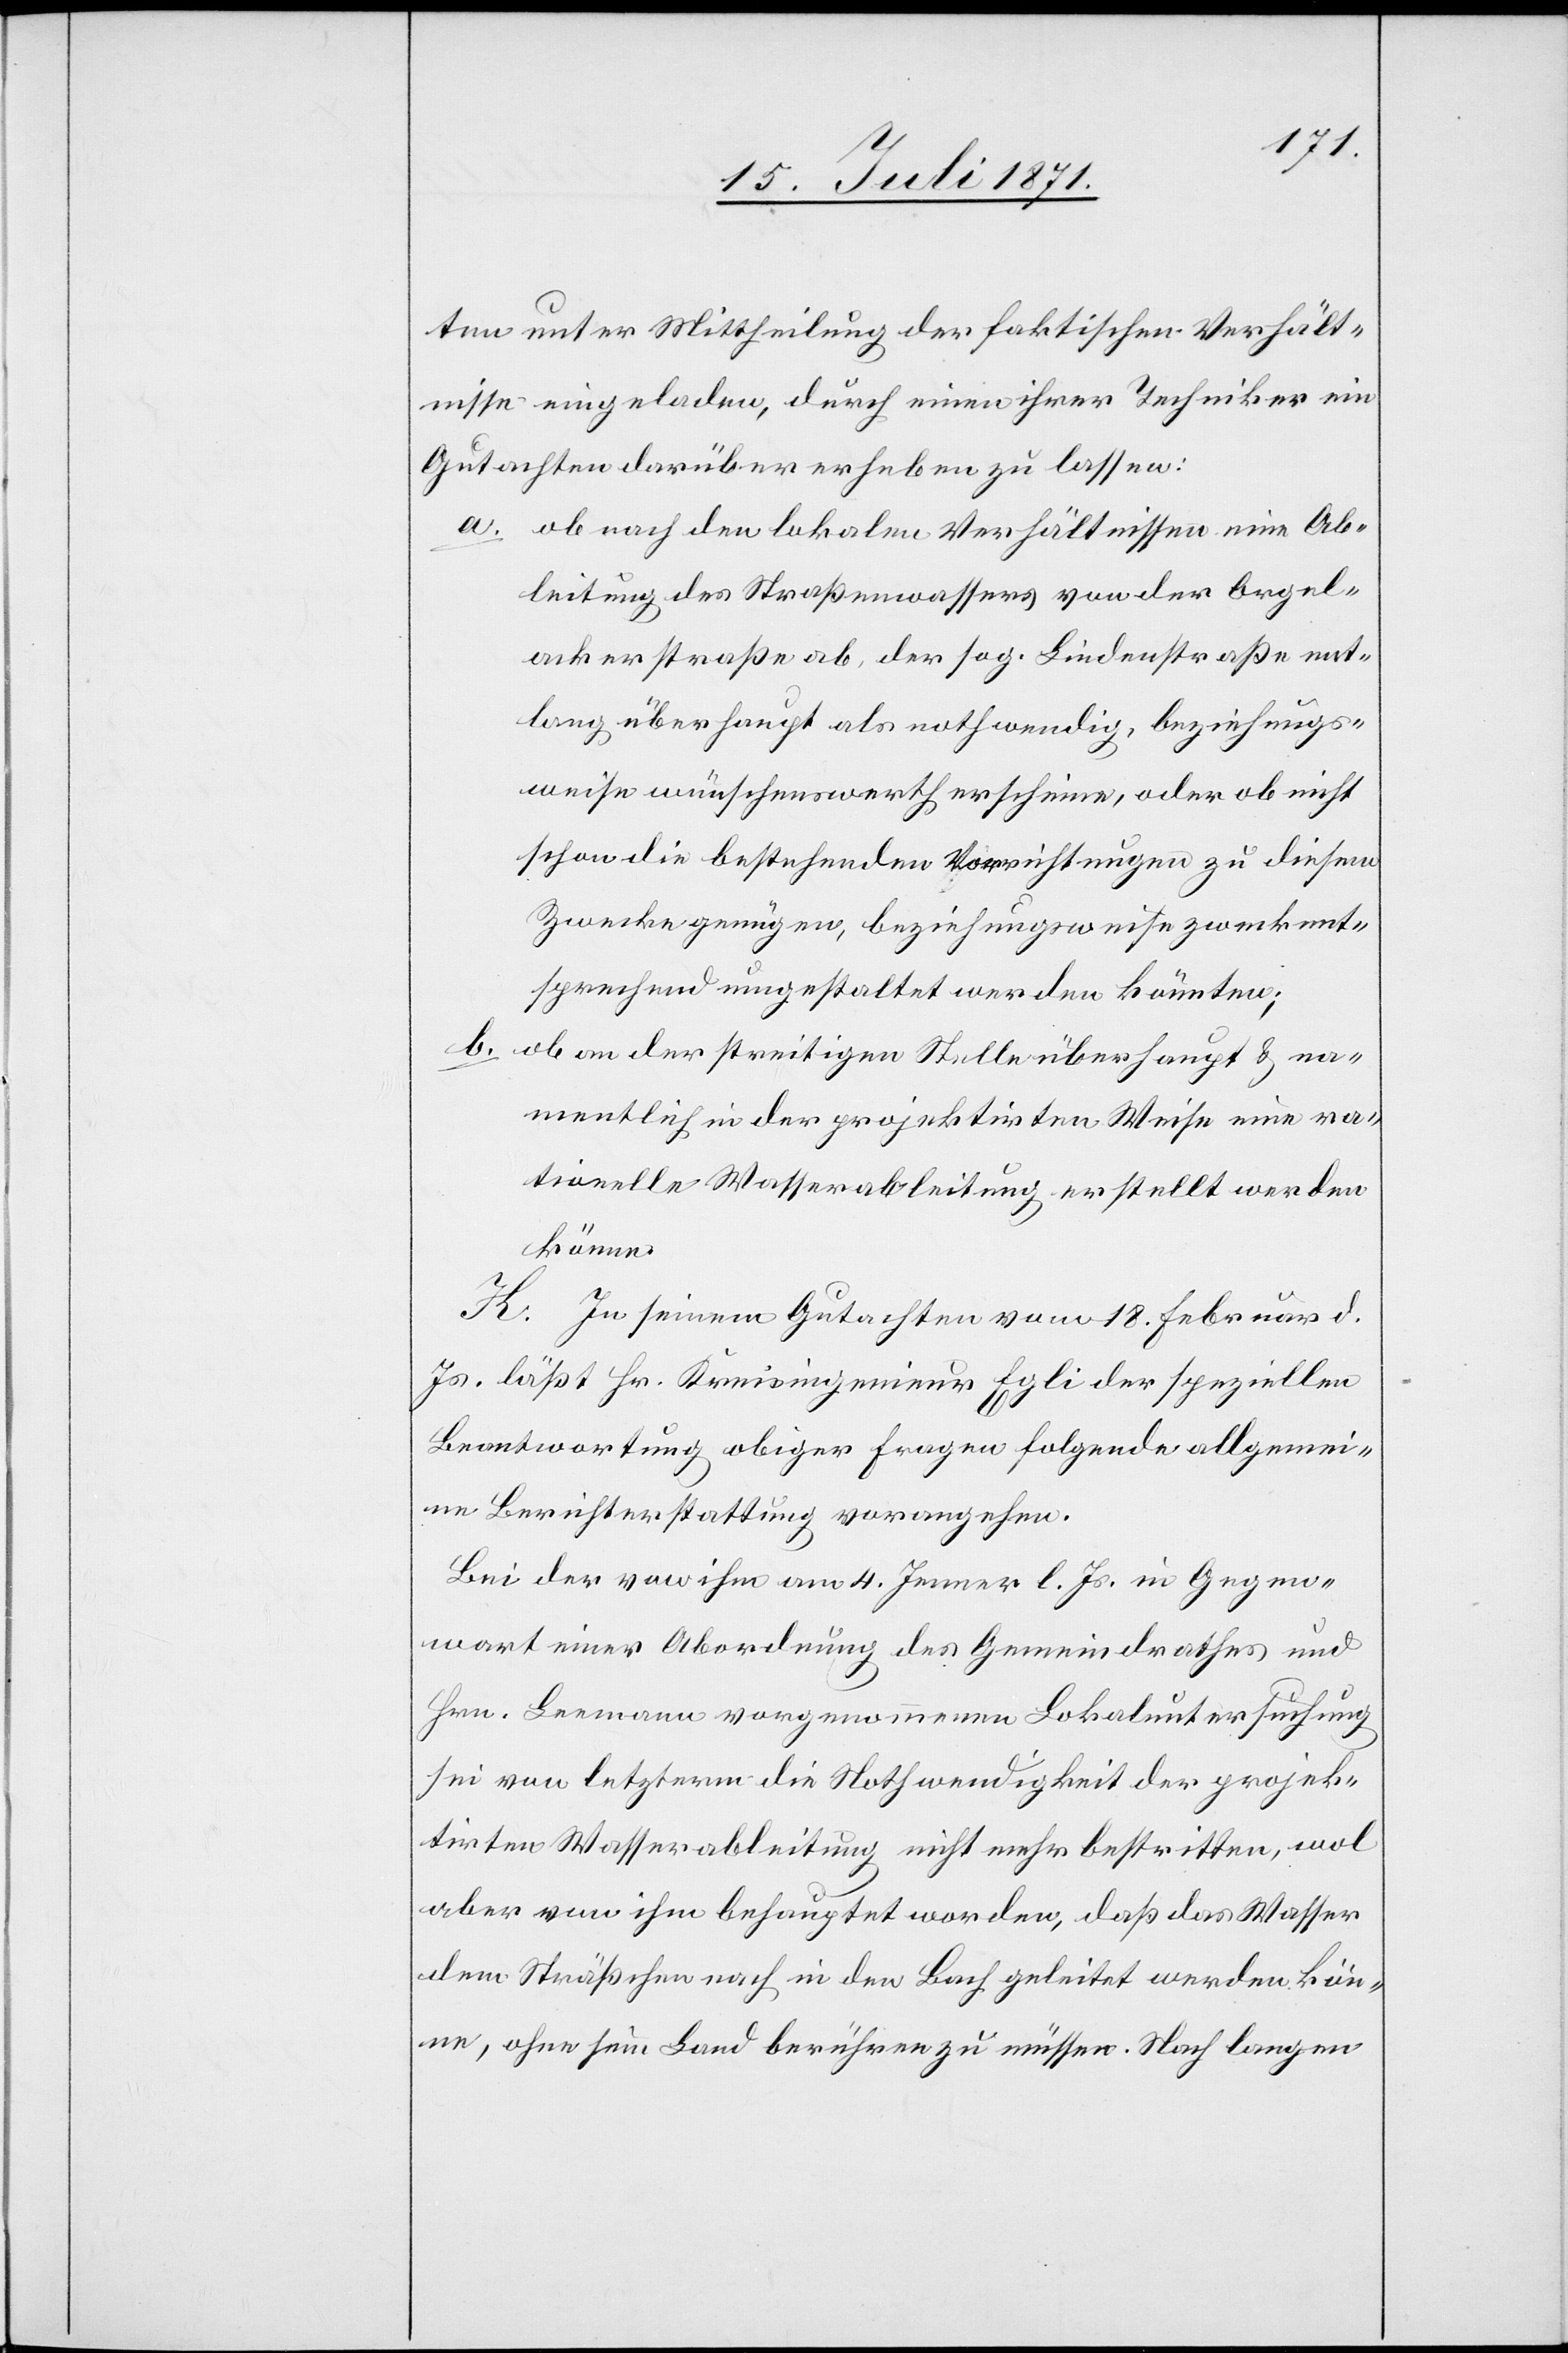
ten unter Mittheilung der faktischen Verhält¬
nisse eingeladen, durch einen ihrer Techniker ein
Gutachten darüber erheben zu lassen:
ob nach den lokalen Verhältnissen eine Ab¬
leitung des Straßenwassers von der Orgel¬
ackerstraße ab, der sog. Lindenstraße ent¬
lang überhaupt als nothwendig, beziehungs¬
weise wünschenswerth erscheine, oder ob nicht
schon die bestehenden Vorrichtungen zu diesem
Zwecke genügen, beziehungsweise zweckent¬
sprechend umgestaltet werden könnten;
b.
ob an der streitigen Stelle überhaupt u. na¬
mentlich in der projektirten Weise eine ra¬
tionelle Wasserableitung erstellt werden
könne.
K. In seinem Gutachten vom 18. Febr. d.
Js. läßt Hr. Kreisingenieur Egli der speziellen
Beantwortung obiger Fragen folgende allgemei¬
ne Berichterstattung vorangehen.
Bei der von ihm am 4. Jenner l. Js. in Gegen¬
wart einer Abordnung des Gemeindrathes und
Hrn. Leemann vorgenommenen Lokaluntersuchung
sei von letzterm die Nothwendigkeit der projek¬
tirten Wasserableitung nicht mehr bestritten, wol
aber von ihm behauptet worden, daß das Wasser
dem Sträßchen nach in den Bach geleitet werden kön¬
ne, ohne sein Land berühren zu müssen. Nach langen